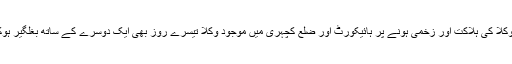
اتنی بڑی تعداد میں وکلا کی ہلاکت اور زخمی ہونے پر ہائیکورٹ اور ضلع کچہری میں موجود وکلا تیسرے روز بھی ایک دوسرے کے ساتھ بغلگیر ہوکر آنسو بہاتے رہے۔